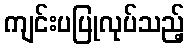
ကျင်းပပြုလုပ်သည့်